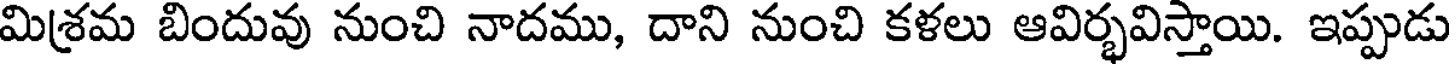
మిశ్రమ బిందువు నుంచి నాదము, దాని నుంచి కళలు ఆవిర్భవిస్తాయి. ఇప్పుడు